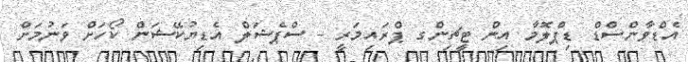
އެޑްވާންސްޑް ޑިޕްލޮމާ އިން ޓީޗިންގ ޕްރައިމަރީ - ސްޕެޝަލް އެޑިޔުކޭޝަން ކޯހަށް ވަނުމަށް